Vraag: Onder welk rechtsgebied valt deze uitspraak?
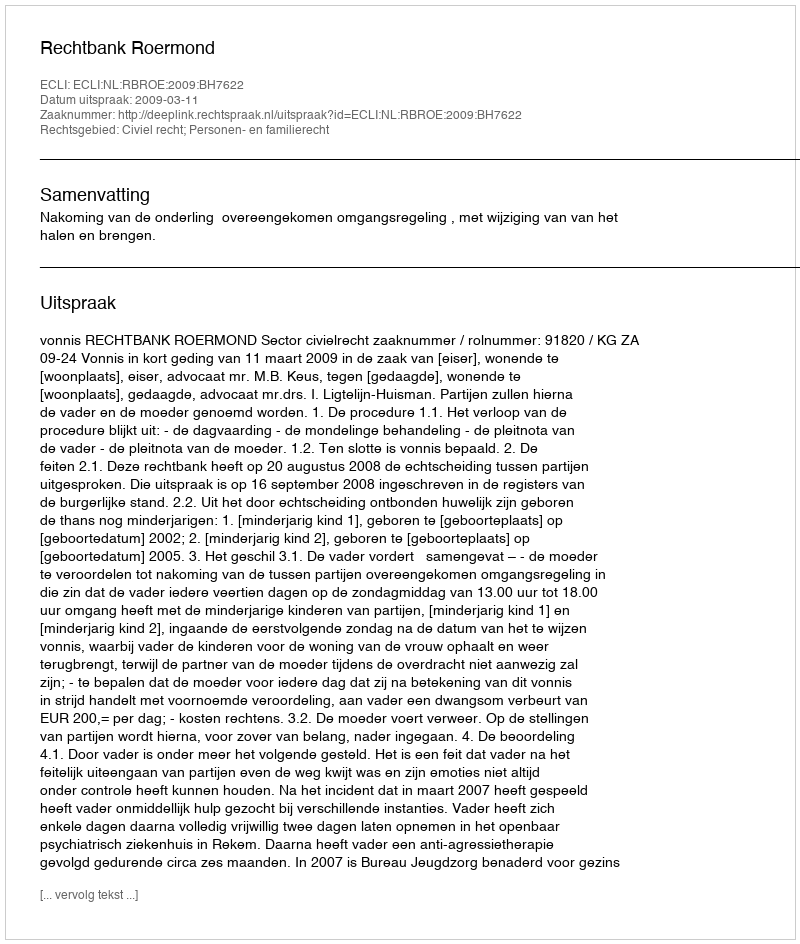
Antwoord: Civiel recht; Personen- en familierecht